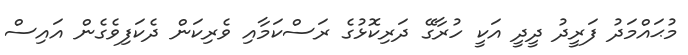
މުޙައްމަދު ފަރީދު ދީދީ އަކީ ހުރާގޭ ދަރިކޮޅުގެ ރަސްކަމާއި ވެރިކަން ދެކަފިވެގެން އައިސް